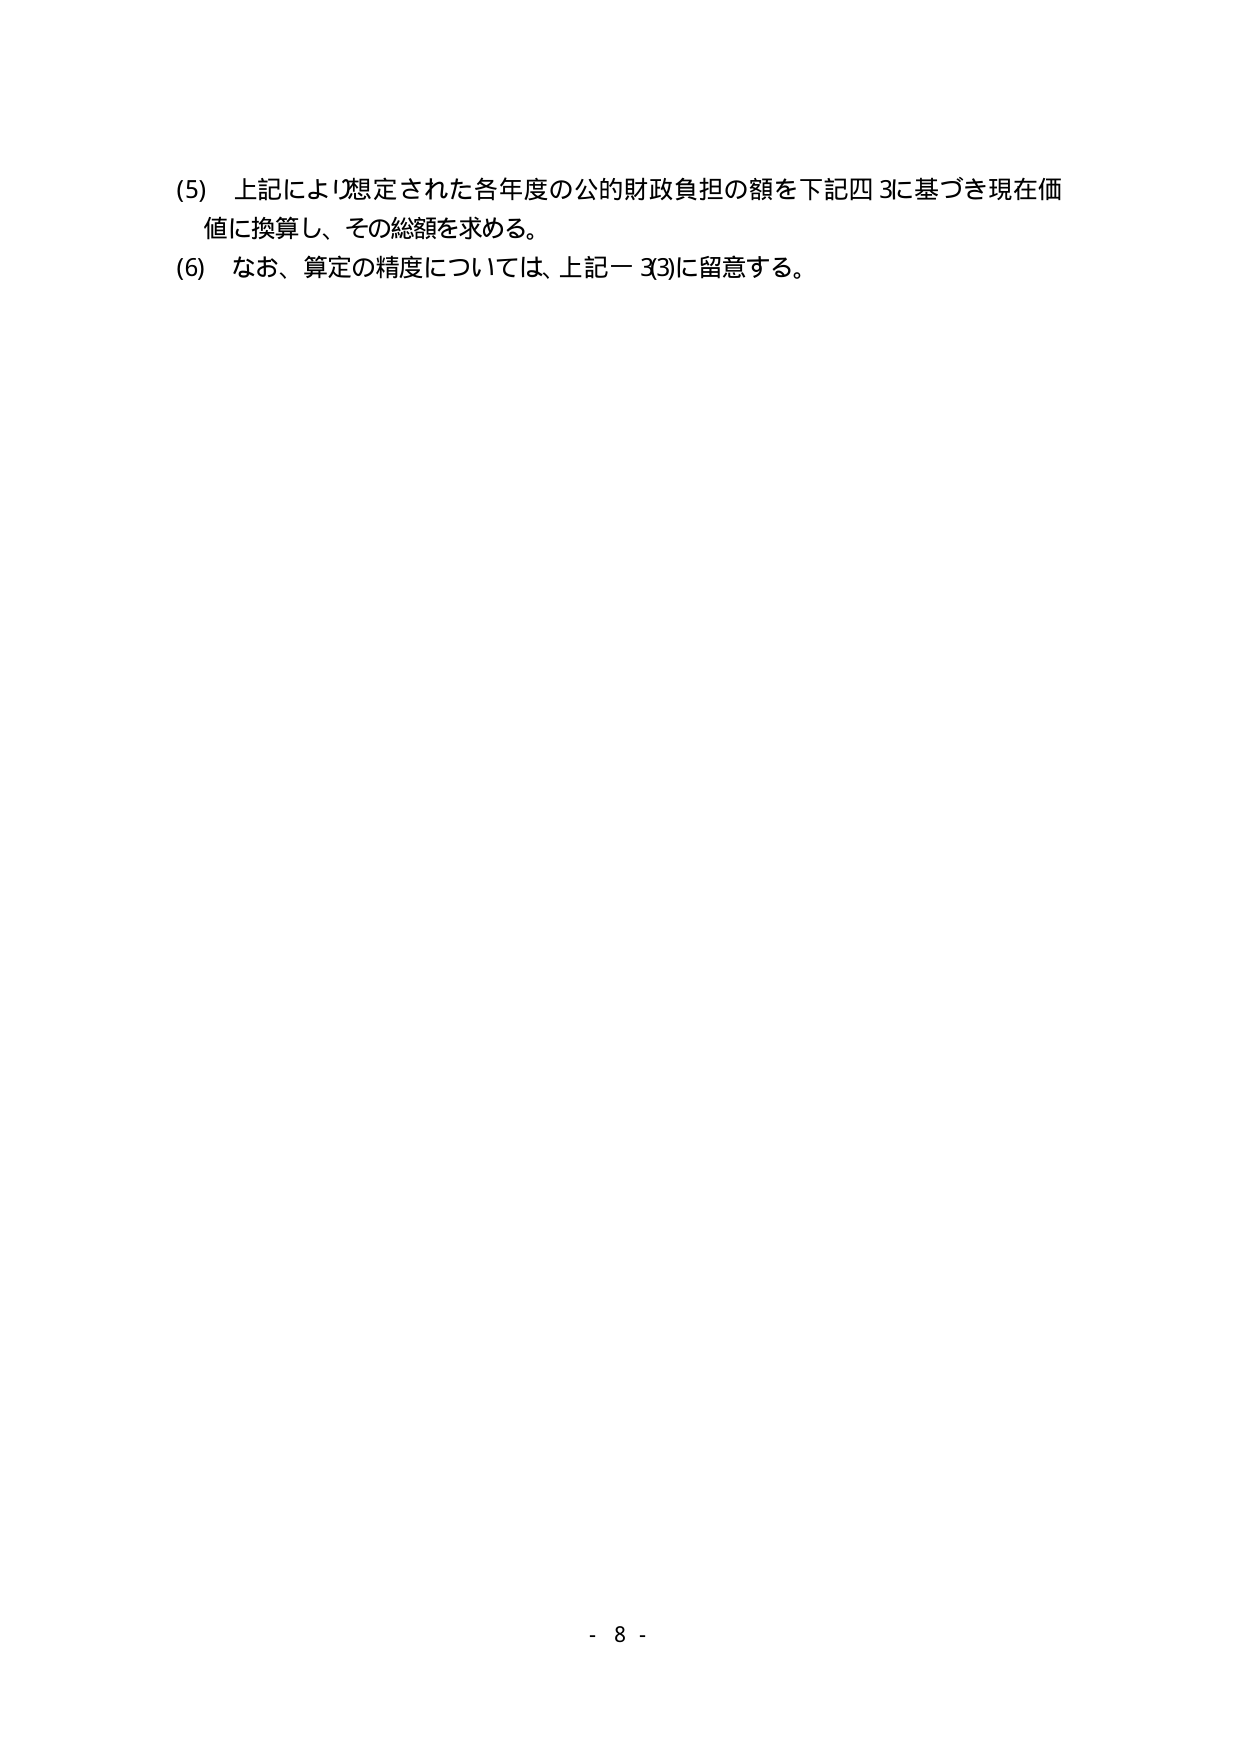
(5) 上記により想定された各年度の公的財政負担の額を下記四 3に基づき現在価値に換算し、その総額を求める。
(6) なお、算定の精度については、上記一 3(3)に留意する。
- 8 -